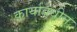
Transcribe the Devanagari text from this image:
कार्यावधीन